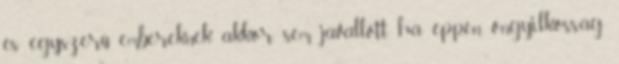
és egyszerű embereknek akkor sem javallott, ha éppen öngyilkosság